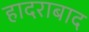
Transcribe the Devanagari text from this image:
हादराबाद